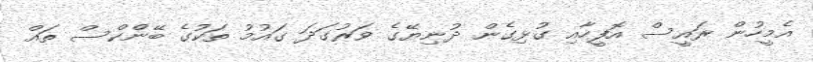
އެމީހުން ރައީސް އޮފީހާއި ގުޅިގެން ދުނިޔޭގެ ވަރުގަދަ ގައުމު ތަކުގެ ބޭންކްސް ތައް